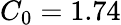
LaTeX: C_{0}=1.74